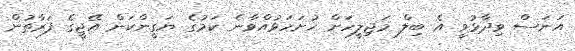
އަނަސް ވިދާޅުވީ އެ ބިލް މަޖިލީހަށް ހުށަހަޅުއްވާނެ ކަމުގެ ޔަގީންކަން އޭޖީގެ ފަރާތުން